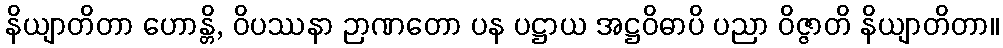
နိယျာတိတာ ဟောန္တိ, ဝိပဿနာ ဉာဏတော ပန ပဋ္ဌာယ အဋ္ဌဝိဓာပိ ပညာ ဝိဇ္ဇာတိ နိယျာတိတာ။